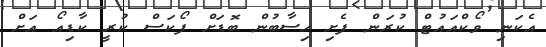
އެކަނި ވޯކްއައުޓް ކުރަން ފެށި ހިސާބުން ބޮޑަށް ފޯކަސް ކުރީ ކާޑިއޯ އަށް